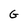
Character: G